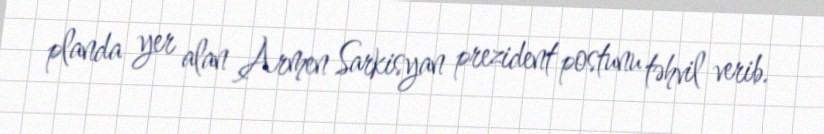
planda yer alan Armen Sarkisyan prezident postunu təhvil verib.